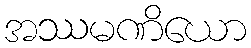
အဿမဏိယော